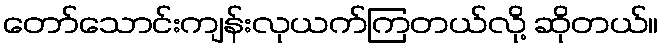
တော်သောင်းကျန်းလုယက်ကြတယ်လို့ ဆိုတယ်။